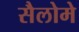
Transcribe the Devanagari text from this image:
सैलोमे